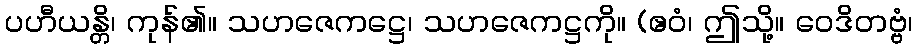
ပဟီယန္တိ၊ ကုန်၏။ သဟဇေကဋ္ဌေ၊ သဟဇေကဋ္ဌကို။ (ဧဝံ၊ ဤသို့။ ဝေဒိတဗ္ဗံ၊